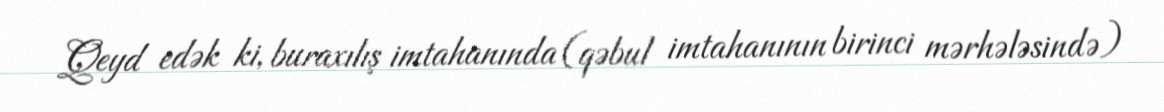
Qeyd edək ki, buraxılış imtahanında (qəbul imtahanının birinci mərhələsində)